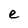
Character: e